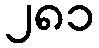
၂၈၁